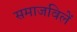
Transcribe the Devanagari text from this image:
समाजविलें